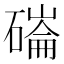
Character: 磮